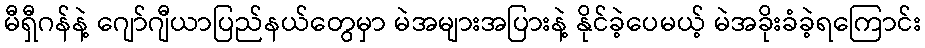
မီရှီဂန်နဲ့ ဂျော်ဂျီယာပြည်နယ်တွေမှာ မဲအများအပြားနဲ့ နိုင်ခဲ့ပေမယ့် မဲအခိုးခံခဲ့ရကြောင်း